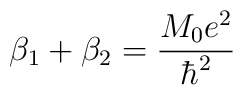
\beta_1 + \beta_2 = \frac{M_0e^2}{\hbar^2}